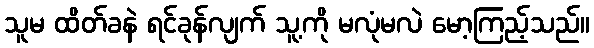
သူမ ထိတ်ခနဲ ရင်ခုန်လျက် သူ့ကို မလုံမလဲ မော့ကြည့်သည်။